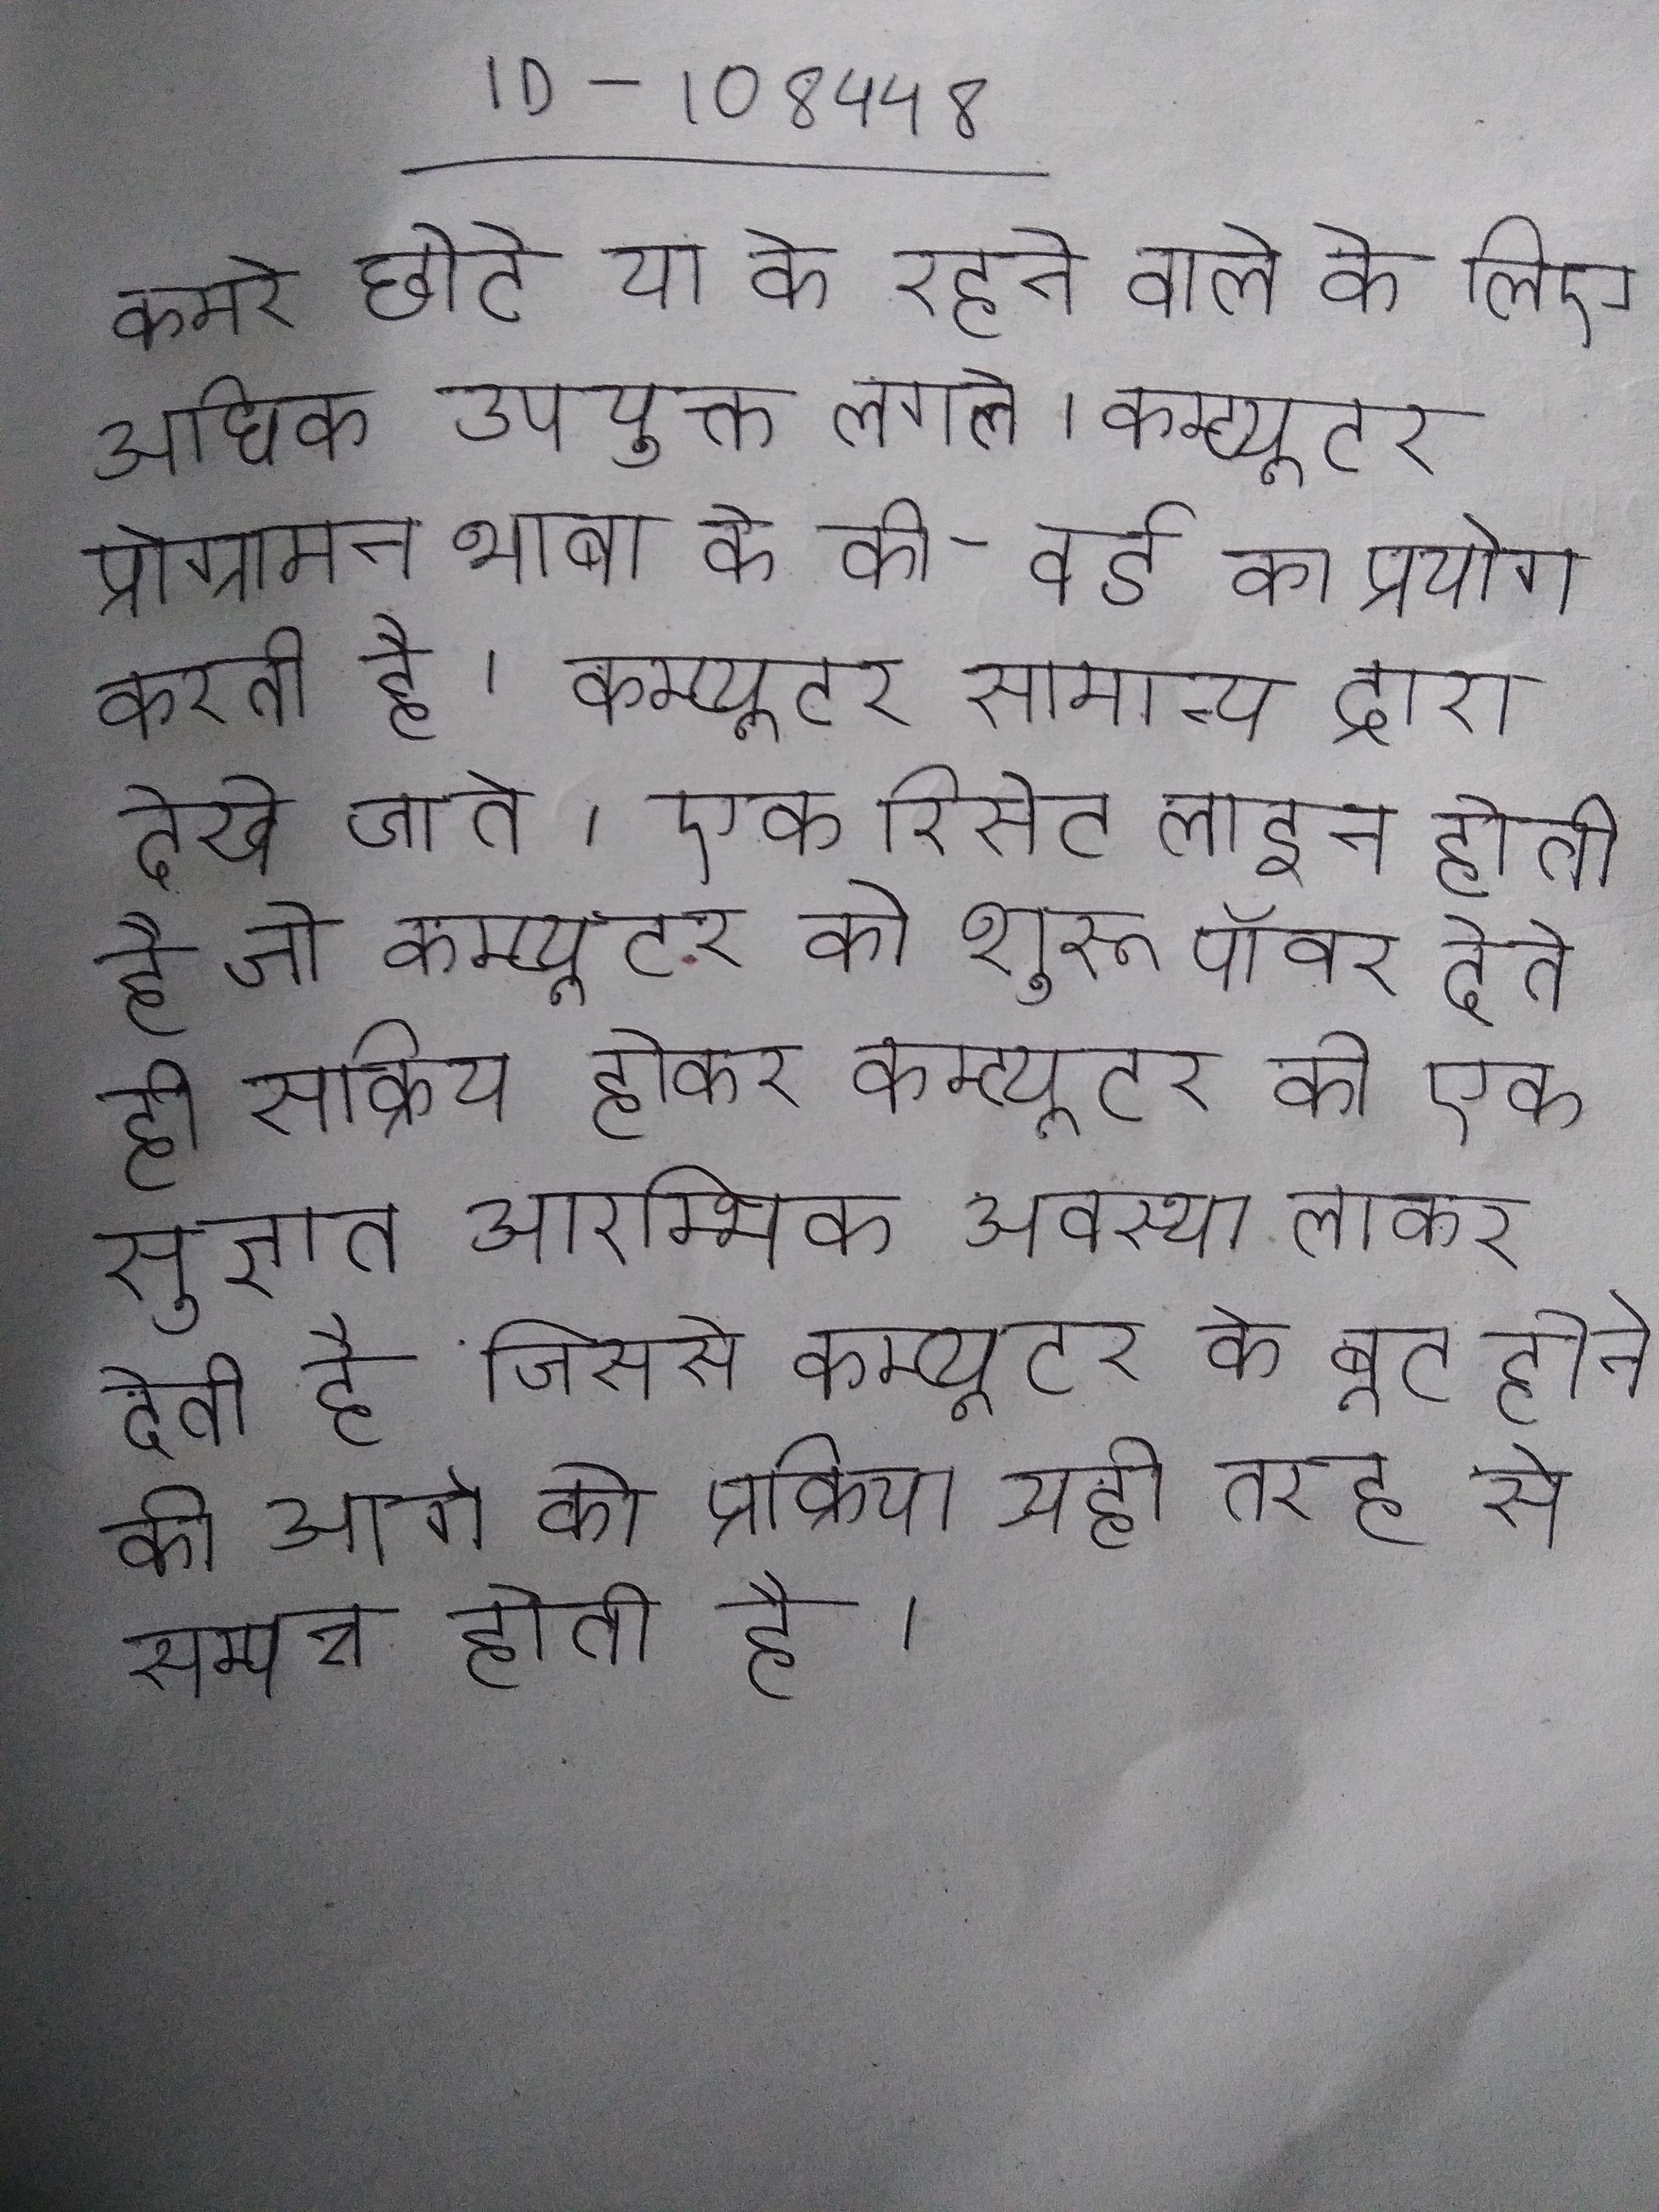
कमरे छोटे या के रहने वाले के लिए अधिक उपयुक्त लगते । कम्प्यूटर प्रोग्रामन भाषा के की-वर्ड का प्रयोग करती है । कम्प्यूटर सामान्य द्वारा देखे जाते । एक रिसेट लाइन होती है जो कम्प्यूटर को शुरू पॉवर देते ही सक्रिय होकर कम्प्यूटर को एक सुज्ञात आरम्भिक अवस्था लाकर देती है जिससे कम्प्यूटर के बूट होने की आगे की प्रक्रिया सही तरह से सम्पन्न होती है ।